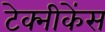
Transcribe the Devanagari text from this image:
टेक्नीकेंस